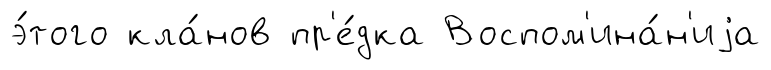
э́того кла́нов пр'е́дка Воспом'ина́н'иjа